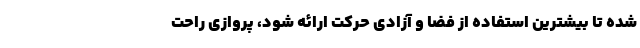
شده تا بیشترین استفاده از فضا و آزادی حرکت ارائه شود، پروازی راحت